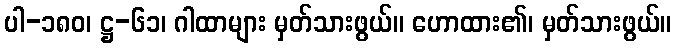
ပါ-၁၈၀၊ ဋ္ဌ-၆၁၊ ဂါထာများ မှတ်သားဖွယ်။ ဟောထား၏၊ မှတ်သားဖွယ်။